Document type: Sale
Year: 1275
Scribe: Salvador de Baiona
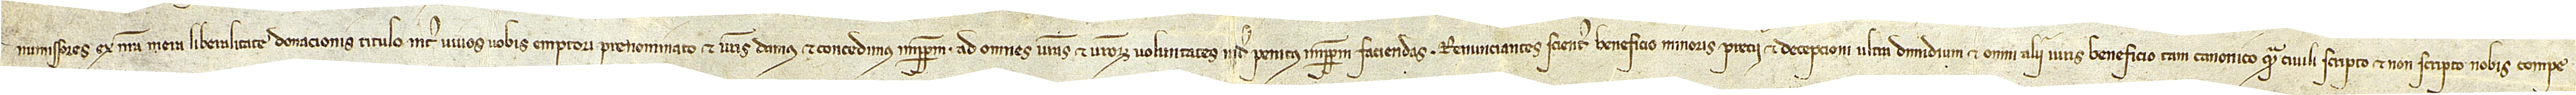
numissores ex nostra mera liberalitate donacionis titulo inter vivos vobis emptori prenominato et vestris damus et concedimus imperpetuum ad omnes vestras et vestrorum voluntates inde penitus imperpetuum faciendas. Renunciantes scienter beneficio minoris precii et decepcioni ultra dimidium, et omni alii iuris beneficio, tam canonico quam civili, scripto et non scripto, nobis compe-